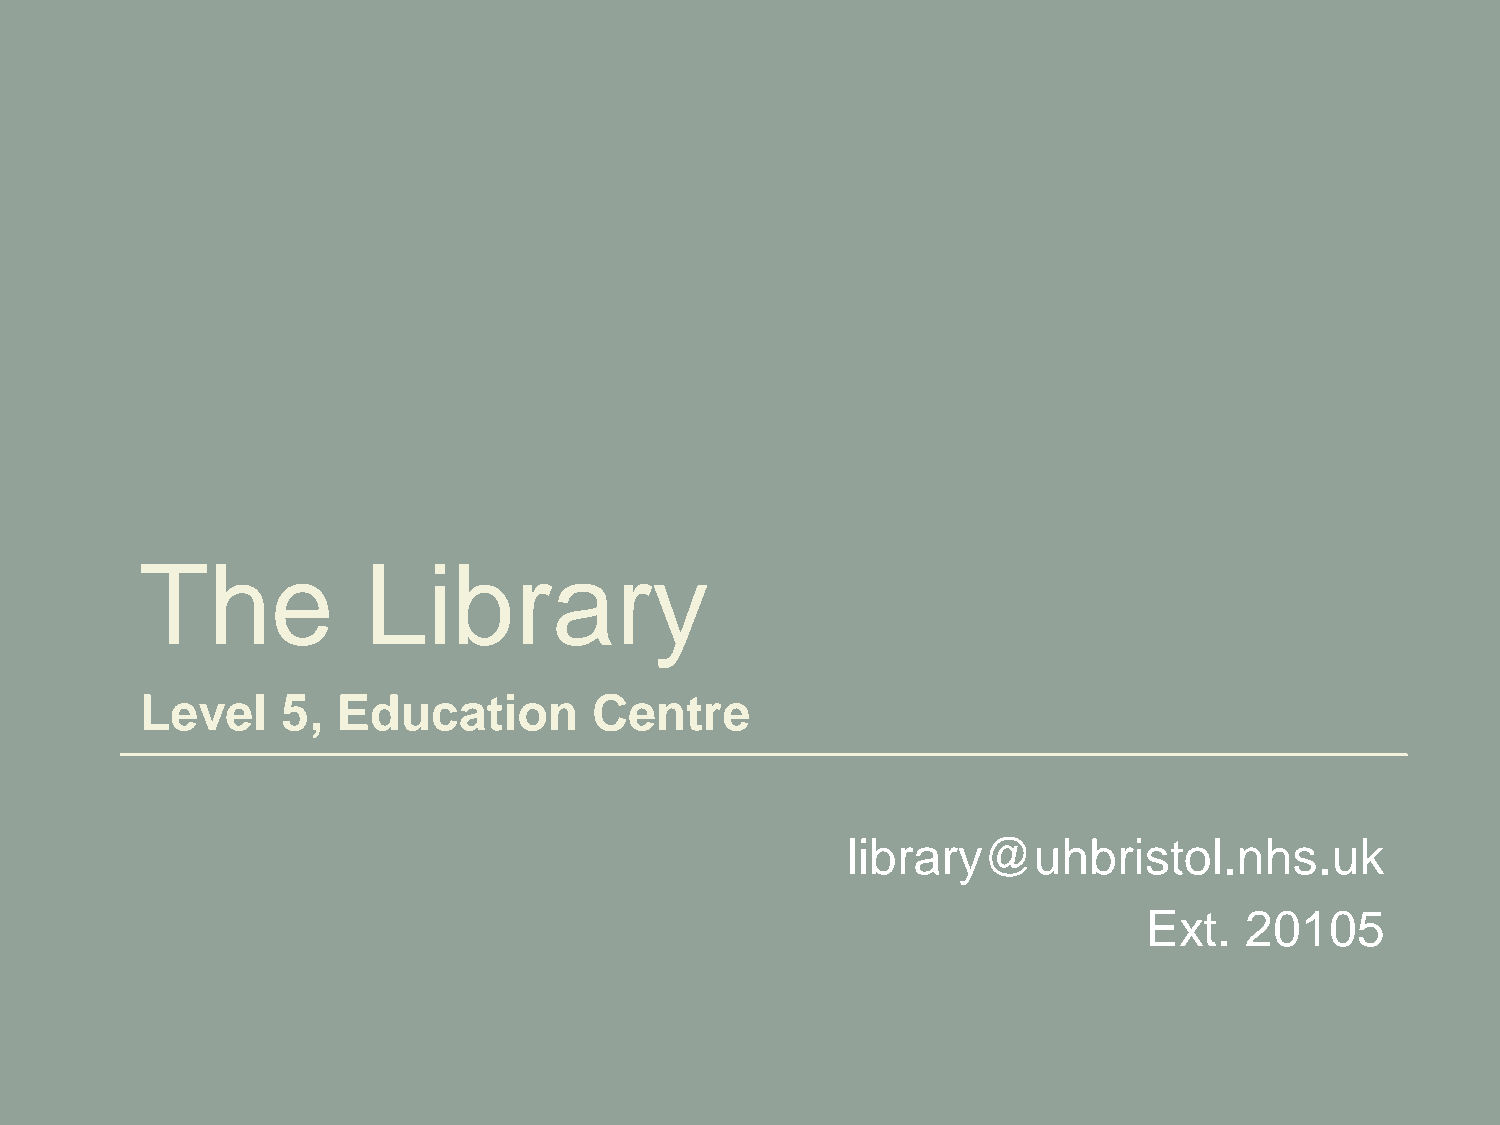
The            Library
 Level     5, Education        Centre
 •library@uhbristol.nhs.uk
 •Ext.  20105